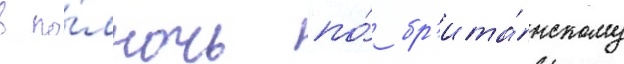
в по́лночь по́ бр'ита́нскому